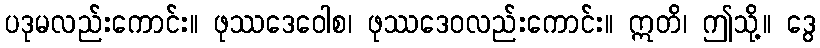
ပဒုမလည်းကောင်း။ ဖုဿဒေဝေါစ၊ ဖုဿဒေဝလည်းကောင်း။ ဣတိ၊ ဤသို့။ ဒွေ